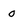
Character: 0